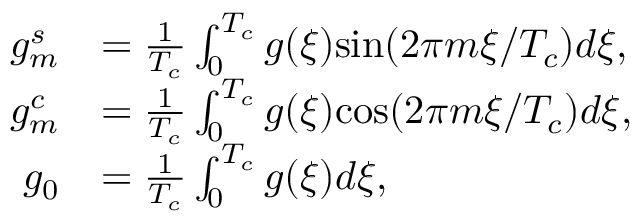
\begin{array} { r l } { g _ { m } ^ { s } } & { = \frac { 1 } { T _ { c } } \int _ { 0 } ^ { T _ { c } } g ( \xi ) \mathrm { s i n } ( 2 \pi m \xi / T _ { c } ) d \xi , } \\ { g _ { m } ^ { c } } & { = \frac { 1 } { T _ { c } } \int _ { 0 } ^ { T _ { c } } g ( \xi ) \mathrm { c o s } ( 2 \pi m \xi / T _ { c } ) d \xi , } \\ { g _ { 0 } } & { = \frac { 1 } { T _ { c } } \int _ { 0 } ^ { T _ { c } } g ( \xi ) d \xi , } \end{array}